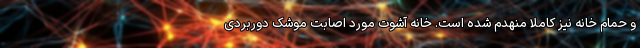
و حمام خانه نیز کاملا منهدم شده است. خانه آشوت مورد اصابت موشک دوربردی